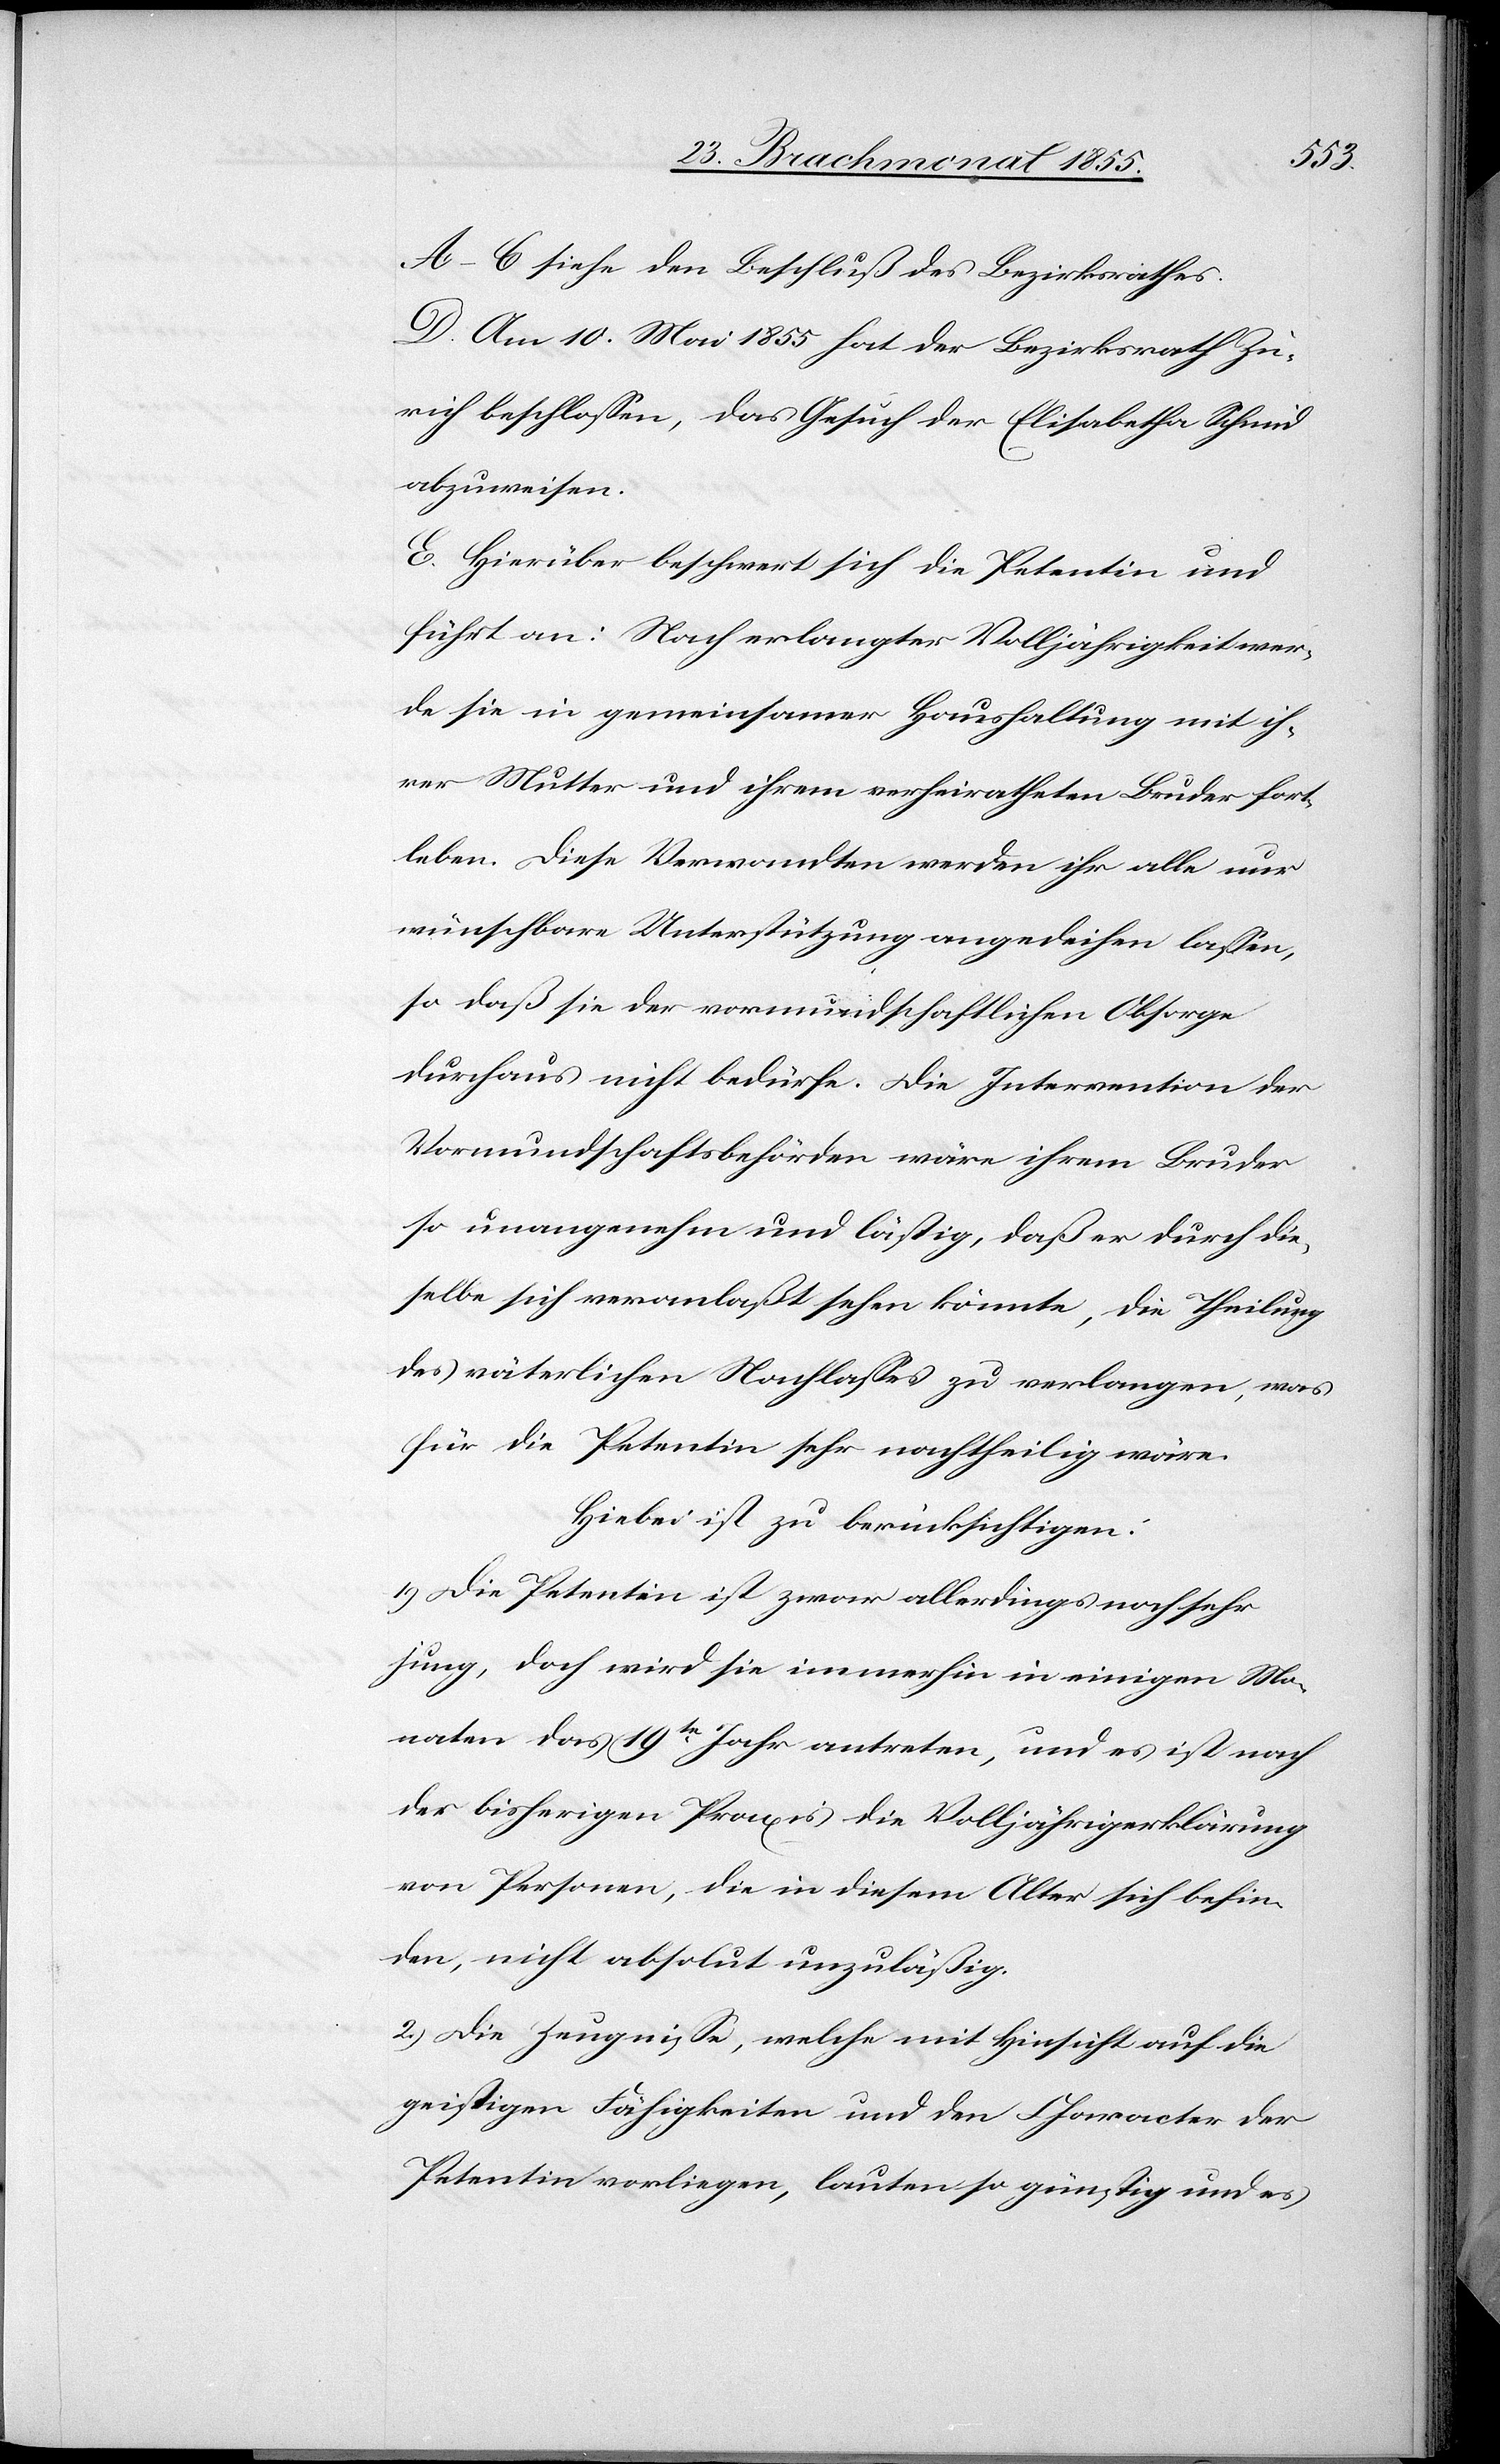
A–C siehe den Beschluß des Bezirksrathes.
D. Am 10. Mai 1855 hat der Bezirksrath Zü¬
rich beschlossen, das Gesuch der Elisabetha Schmid
abzuweisen.
E. Hierüber beschwert sich die Petentin und
führt an: Nach erlangter Volljährigkeit wer¬
de sie in gemeinsamer Haushaltung mit ih¬
rer Mutter und ihrem verheiratheten Bruder fort¬
leben. Diese Verwandten werden ihr alle nur
wünschbare Unterstützung angedeihen lassen,
so daß sie der vormundschaftlichen Obsorge
durchaus nicht bedürfe. Die Intervention der
Vormundschaftsbehörden wäre ihrem Bruder
so unangenehm und lästig, daß er durch die¬
selbe sich veranlaßt sehen könnte, die Theilung
des väterlichen Nachlasses zu verlangen, was
für die Petentin sehr nachtheilig wäre.
Hiebei ist zu berücksichtigen:
1.) Die Petentin ist zwar allerdings noch sehr
jung, doch wird sie immerhin in einigen Mo¬
naten das 19te Jahr antreten, und es ist nach
der bisherigen Praxis die Volljährigerklärung
von Personen, die in diesem Alter sich befin¬
den, nicht absolut unzuläßig.
2.) Die Zeugnisse, welche mit Hinsicht auf die
geistigen Fähigkeiten und den Character der
Petentin vorliegen, lauten so günstig und es